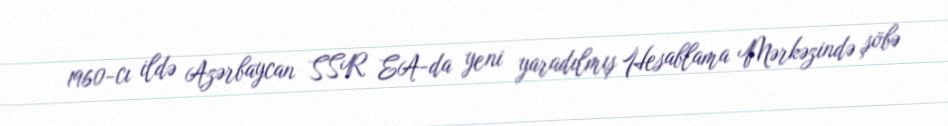
1960-cı ildə Azərbaycan SSR EA-da yeni yaradılmış Hesablama Mərkəzində şöbə